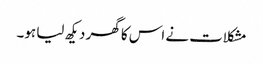
مشکلات نے اس کا گھر دیکھ لیا ہو۔